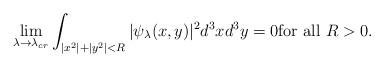
LaTeX: \begin{align*} \lim_{\lambda\to \lambda_{cr}} \int_{|x^2| + |y^2| < R} |\psi_\lambda (x,y)|^2 d^3 x d^3 y= 0 \textnormal{for all $R>0$} . \end{align*}